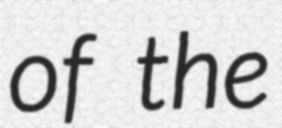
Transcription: of the